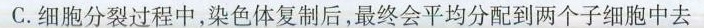
C.细胞分裂过程中，染色体复制后，最终会平均分配到两个子细胞中去